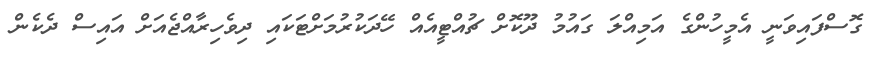
ގޮސްފައިވަނީ އެމީހުންގެ އަމިއްލަ ގައުމު ދޫކޮށް ޗުއްޓީއެއް ހޭދަކުރުމަށްޓަކައި ދިވެހިރާއްޖެއަށް އައިސް ދެކެން